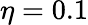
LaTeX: \eta=0.1